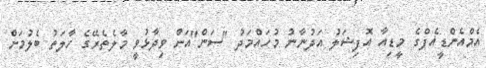
އެމްއެންޑީއެފްގެ މީޑިއާ އޮފިޝަލު އަދުނާނު މުހައްމަދު "ސަން"އަށް ވިދާޅުވީ މާލެތެރޭގެ ހާލަތު ބެލުމަށް